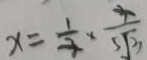
x = \frac { 1 } { 3 } \times \frac { 3 } { 5 \sqrt { 3 } }